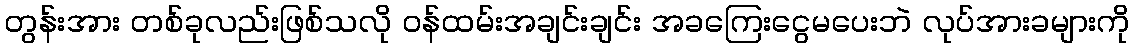
တွန်းအား တစ်ခုလည်းဖြစ်သလို ဝန်ထမ်းအချင်းချင်း အခကြေးငွေမပေးဘဲ လုပ်အားခများကို